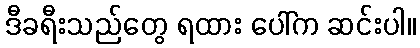
ဒီခရီးသည်တွေ ရထား ပေါ်က ဆင်းပါ။